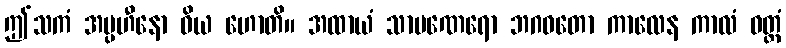
ဤသကံ အပ္ပဟီနော ဝိယ ဟောတိ။ အထာယံ သာမဏေရော ဘဂဝတော ကာလေန ကာလံ ဝတ္တံ